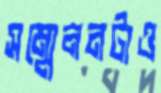
সম্মেলনটাও